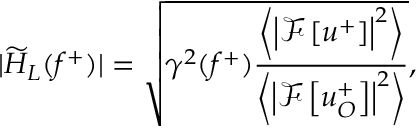
| \widetilde { H } _ { L } ( f ^ { + } ) | = \sqrt { \gamma ^ { 2 } ( f ^ { + } ) \frac { \left< \left| \mathcal { F } \left[ u ^ { + } \right] \right| ^ { 2 } \right> } { \left< \left| \mathcal { F } \left[ u _ { O } ^ { + } \right] \right| ^ { 2 } \right> } } ,